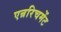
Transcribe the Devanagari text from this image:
एन्ररिचमेंट